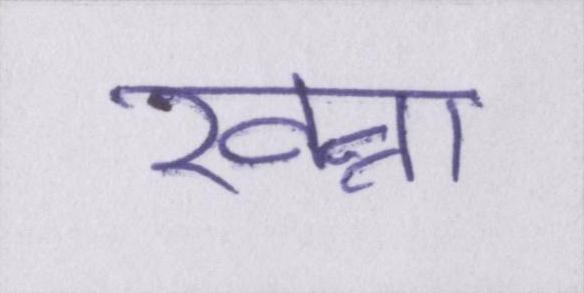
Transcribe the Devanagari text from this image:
खन्ना